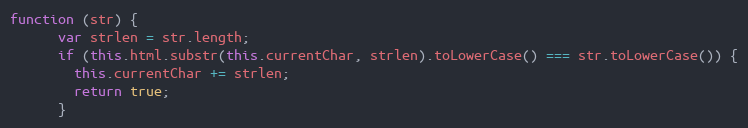
Language: JavaScript
function (str) {
      var strlen = str.length;
      if (this.html.substr(this.currentChar, strlen).toLowerCase() === str.toLowerCase()) {
        this.currentChar += strlen;
        return true;
      }